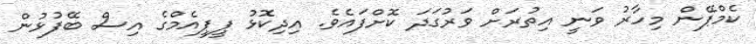
ކެމްޕޭން މިހާރު ވަނީ އިތުރަށް ވަރުގަދަ ކޮށްފައެވެ. އިދިކޮޅު ޕީޕީއެމްގެ އިސް ބޭފުޅުން